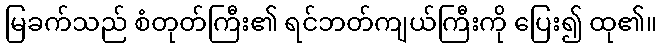
မြခက်သည် စံတုတ်ကြီး၏ ရင်ဘတ်ကျယ်ကြီးကို ပြေး၍ ထု၏။